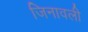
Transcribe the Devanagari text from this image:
जिनावली